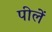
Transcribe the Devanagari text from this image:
पीलें